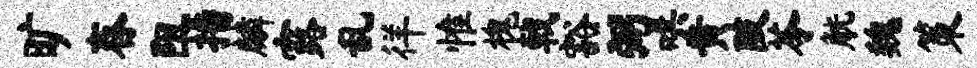
旷舂阻播麟露乱徉惟槐戟豁弼哄黄陂苓觥魏策